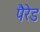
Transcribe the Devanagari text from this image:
पैरेड